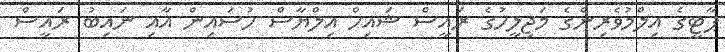
ޕާޓީގެ އިލްމުވެރިންގެ މަޖިލީހުގެ ރައީސް ޝައިހް އިލްޔާސް ހުސައިން އާއި ނައިބު ރައީސް